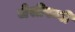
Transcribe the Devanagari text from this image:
जेसीपन्नी